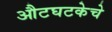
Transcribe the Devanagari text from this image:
औटघटकेचे